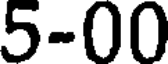
5-00